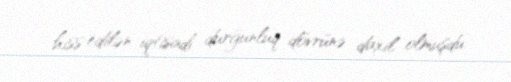
hiss edilən iqtisadi durğunluq dövrünə daxil olmuşdu.